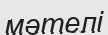
мәтелі